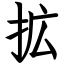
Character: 拡